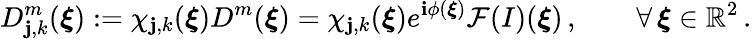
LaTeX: D_{\mathbf{j},k}^{m}(\boldsymbol{\xi}):=\chi_{\mathbf{j},k}(\boldsymbol{\xi})D^{m}(\boldsymbol{\xi})\overset{}{=}\chi_{\mathbf{j},k}(\boldsymbol{\xi})e^{\mathbf{i}\phi(\boldsymbol{\xi})}\mathcal{{F}}(I)(\boldsymbol{\xi})\, ,\qquad\forall\, \boldsymbol{\xi}\in\mathbb{{R}}^{2}\, .